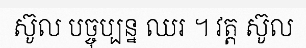
ស៊ូល បច្ចុប្បន្ន ឈរ ។ វត្ត ស៊ូល